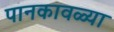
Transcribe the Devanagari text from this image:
पानकावळ्या